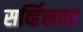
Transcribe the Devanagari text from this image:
सर्व्हिसवर